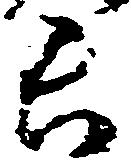
長